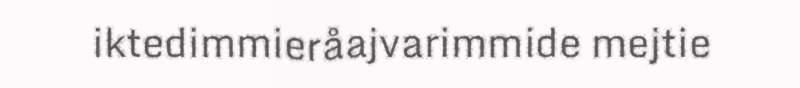
iktedimmieråajvarimmide mejtie